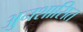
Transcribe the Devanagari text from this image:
अुनशासित